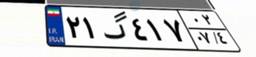
۴۱گ۸۵۲۶۶